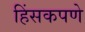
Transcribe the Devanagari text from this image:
हिंसकपणे